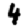
Digit: 4